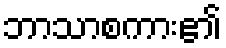
ဘာသာစကား၏